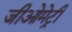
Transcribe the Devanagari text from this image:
जीओमेट्री